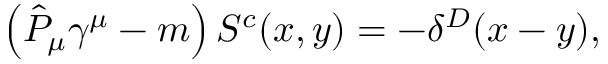
\left( \hat { { \cal P } } _ { \mu } \gamma ^ { \mu } - m \right) S ^ { c } ( x , y ) = - \delta ^ { D } ( x - y ) ,